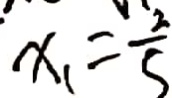
x _ { 1 } = \frac { 2 } { 5 }